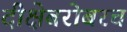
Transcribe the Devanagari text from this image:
दीक्षेबरोबरच